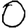
Digit: 0